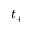
t _ { + }